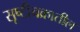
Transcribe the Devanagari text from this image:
सृष्टीचक्रातील